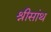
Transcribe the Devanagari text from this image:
श्रीसांथ